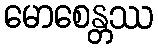
မောစေန္တဿ